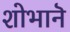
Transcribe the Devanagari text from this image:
शोभानॆ